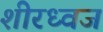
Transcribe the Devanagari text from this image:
शीरध्वज